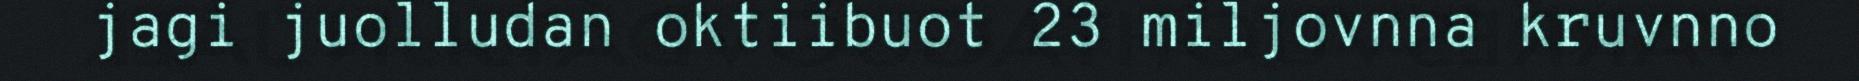
jagi juolludan oktiibuot 23 miljovnna kruvnno